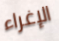
الإغراء